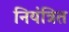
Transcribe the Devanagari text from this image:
नियंत्रित